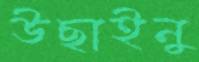
উছাইনু